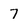
Character: 7